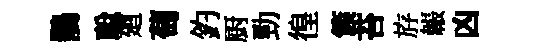
鶻聪廻萄釣厨勁徨簇苔斿韔凶